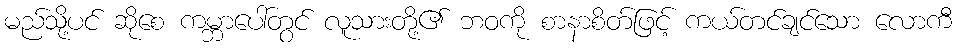
မည်သို့ပင် ဆိုစေ ကမ္ဘာပေါ်တွင် လူသားတို့၏ ဘဝကို စာနာစိတ်ဖြင့် ကယ်တင်ချင်သော လောကီ